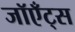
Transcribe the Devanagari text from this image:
जॉएँट्स